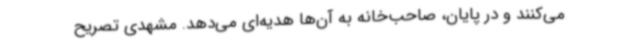
می‌کنند و در پایان، صاحب‌خانه به آن‌ها هدیه‌ای می‌دهد. مشهدی تصریح